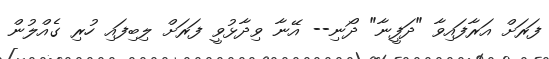
ފަރަށް އަރާފައިވާ "ދަފީނާ" ދޯނި-- އޭނާ ވިދާޅުވީ ފަރަށް ލިބިފައި ހުރި ގެއްލުން